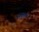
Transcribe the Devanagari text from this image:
सकुरो